Annual administration report of the Civil Veterinary Department of India - 1897-1898
Year: 1897
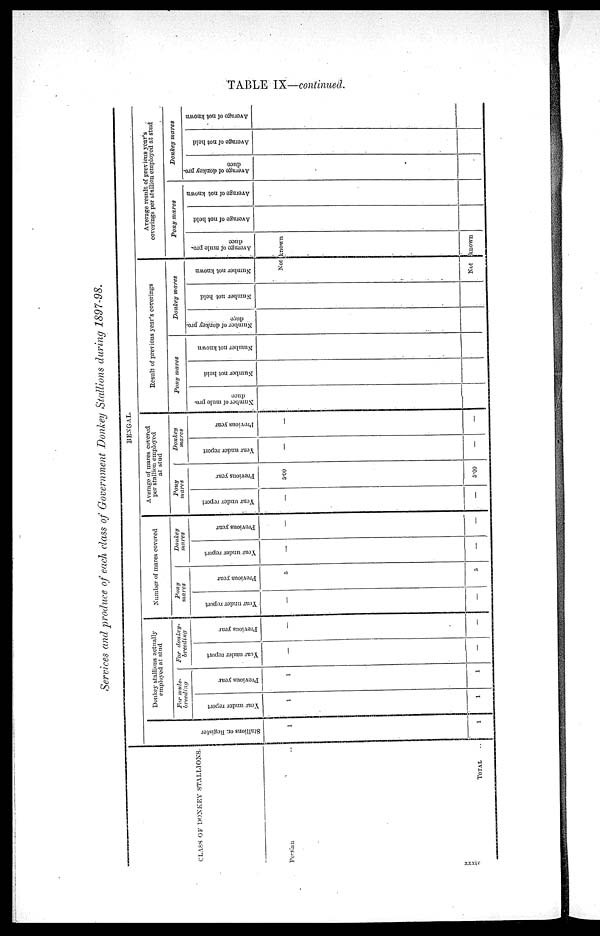
TABLE IX—continued.
Services and produce of each class of Government Donkey Stallions during 1897—98.
CLASS OF DONKEY STALLIONS.
Persian..
TOTAL ..
BENGAL.
Stallions on Register
1
1
Donkey stallions actually
employed at stud
For mule—
breeding
Year under report
1
1
Previous year
1
1
For donkey—
breeding
Year under report
—
—
Previous year
—
—
Number of mares covered
Pony
mares
Year under report
—
—
Previous year
3
5
Donkey
mares
Year under report.
—
—
Previous year
—
—
Average of mares covered
per stallion employed
at stud
Pony
mares
Year under report
—
—
Previous year
5.00
5.00
Donkey
mares
Year under report
—
—
Previous year
—
—
Result of previous year's coverings
Pony mares
Number of mule pro—
duce
Number not held
Number not known
Donkey mares
Number of donkey pro-
duce
Number not held
Number not known
Average result of previous year's
coverings per stallion employed at stud
Pony mares
Average of mule pro-
duce
Not known
Not known
Average of not held
Average of not known
Donkey mares
Average of donkey pro—
duce
Average of not held
Average of not known
xxxiv